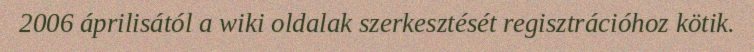
2006 áprilisától a wiki oldalak szerkesztését regisztrációhoz kötik.